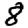
Digit: 8